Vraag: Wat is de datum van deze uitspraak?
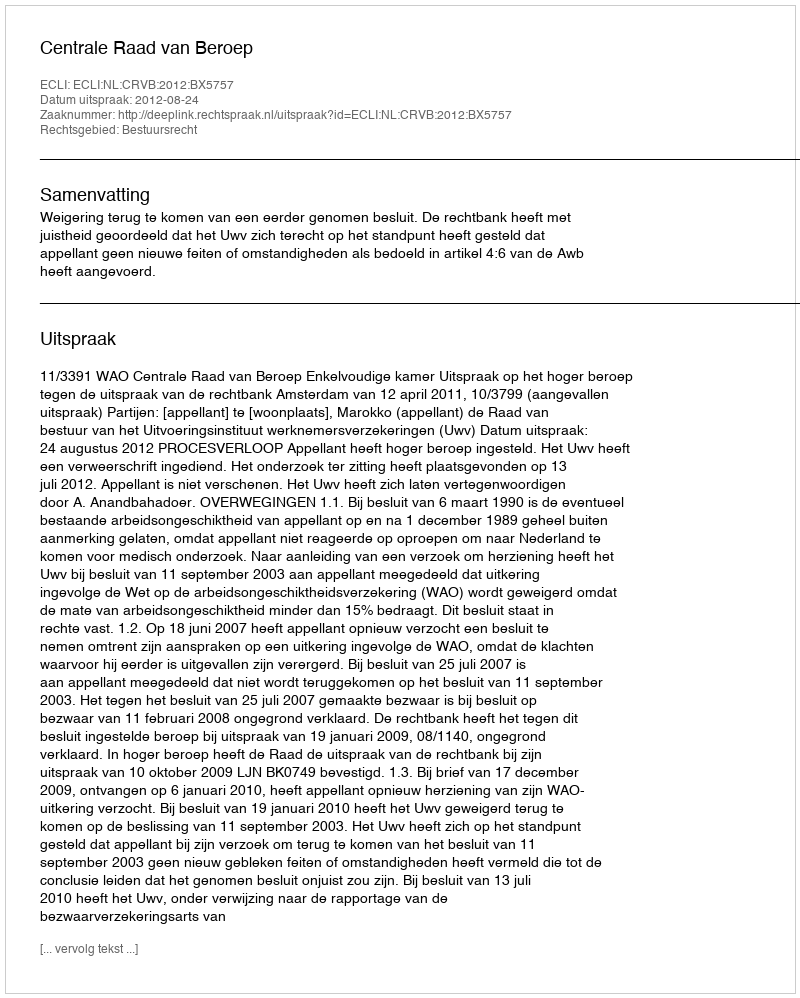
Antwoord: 2012-08-24